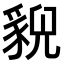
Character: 𧳱